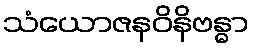
သံယောဇနဝိနိဗန္ဓာ